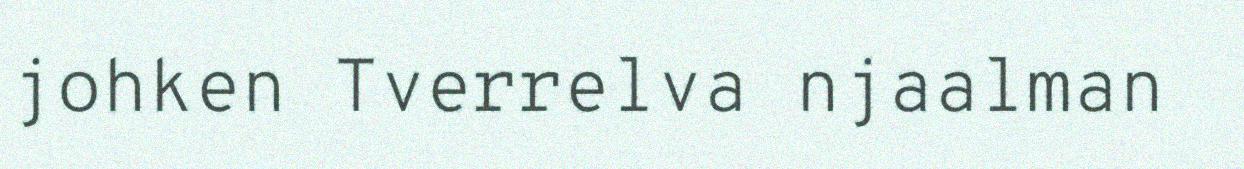
johken Tverrelva njaalman